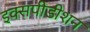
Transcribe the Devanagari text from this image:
इक्सपीडीशन